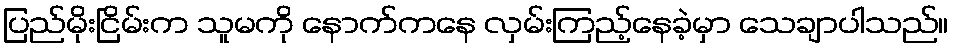
ပြည်မိုးငြိမ်းက သူမကို နောက်ကနေ လှမ်းကြည့်နေခဲ့မှာ သေချာပါသည်။